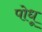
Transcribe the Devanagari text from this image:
पोधू